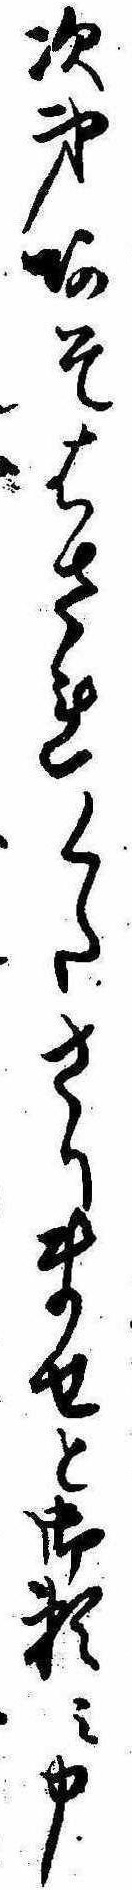
次第あそはされくたさりませと御頼み申